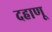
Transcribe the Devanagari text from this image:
दहाणू